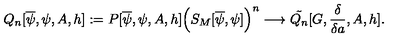
Q _ { n } [ \overline { { \psi } } , \psi , A , h ] : = P [ \overline { { \psi } } , \psi , A , h ] \Big ( S _ { M } [ \overline { { \psi } } , \psi ] \Big ) ^ { n } \longrightarrow \tilde { Q _ { n } } [ G , \frac { \delta } { \delta a } , A , h ] .